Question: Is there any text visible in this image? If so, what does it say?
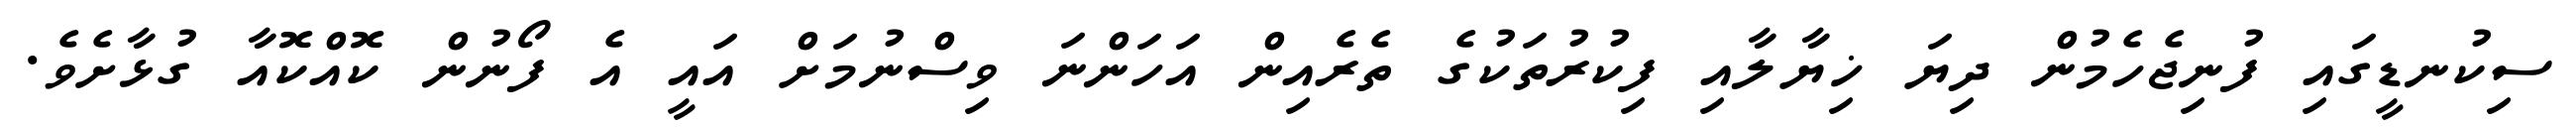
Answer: ސިކުނޑީގައި ފުނިޖެހެމުން ދިޔަ ޚިޔާލާއި ފިކުރުތަކުގެ ތެރެއިން އަހަންނަ ވިސްނުމަށް އައީ އެ ފޯނުން ކޮއްކޮއާ ގުޅާށެވެ.